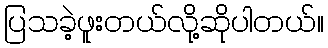
ပြသခဲ့ဖူးတယ်လို့ဆိုပါတယ်။